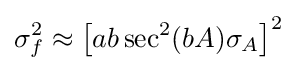
\sigma _{f}^{2}\approx \left[ab\sec ^{2}(bA)\sigma _{A}\right]^{2}